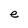
Character: e